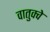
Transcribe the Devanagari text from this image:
वातुक्वे